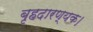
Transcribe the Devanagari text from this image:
बृहदारण्यक।